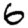
Digit: 6